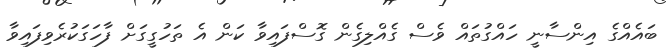
ބައެއްގެ އިންސާނީ ހައްގުތައް ވެސް ގެއްލިގެން ގޮސްފައިވާ ކަން އެ ތަހުގީގަށް ފާހަގަކުރެވިފައިވާ